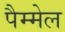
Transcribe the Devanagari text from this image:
पैम्मेल